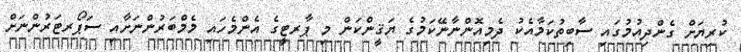
ކުރިޔަށް ގެންދިއުމުގައި ސާބިތުކަމާއެކު ދެމިއޮންނާނޭކަމުގެ ޔަޤީންކަން މި ޕާރޓީގެ އެންމެހައި މެމްބަރުންނަށާއި ސަޕޯރޓަރުންނަށް